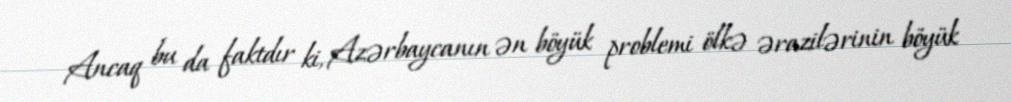
Ancaq bu da faktdır ki, Azərbaycanın ən böyük problemi ölkə ərazilərinin böyük